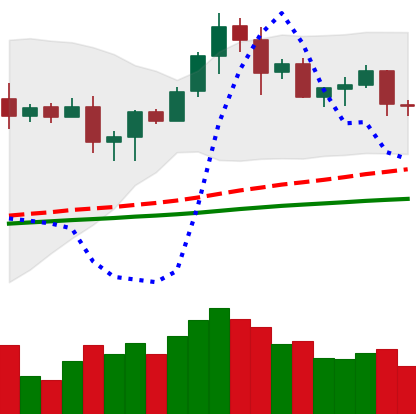
Ticker: LTC-USD
Chart end date: 2020-08-26
Forward return: 4.722%
Label: up_3_5